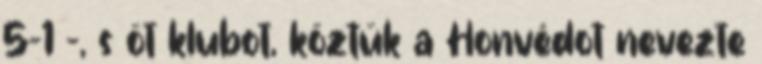
5-1 -, s öt klubot, köztük a Honvédot nevezte